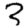
Digit: 3